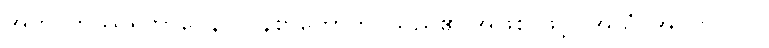
အတိပဘဿရဘာဝေန၊ လွန်စွာတောက်ပသည်၏ အဖြစ် ဖြင့်။ အယံ၊ အလိုလို။ ဝါ၊